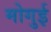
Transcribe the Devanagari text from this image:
मोगुई